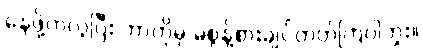
နေဖို့ကလွဲပြီး ဘာကိုမှ မစွန့်စားချင်တတ်ကြပါဘူး။